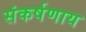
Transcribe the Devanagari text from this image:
संकर्षणाय